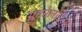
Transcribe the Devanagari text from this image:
अकोलाईट्स